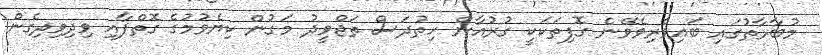
މުބާރާތުގައި ބައިވެރިވެވޭނެ ގޮފިތަކަކީ ގުރުއާން ހިތުދަސް ތަޖްވީދު މަގުން ކިޔެވުމުގެ ގޮތްޕާއި ވިދިވިދިގެން